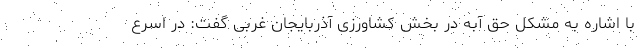
با اشاره به مشکل حق آبه در بخش کشاورزی آذربایجان غربی گفت: در اسرع